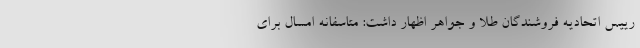
رییس اتحادیه فروشندگان طلا و جواهر اظهار داشت: متاسفانه امسال برای